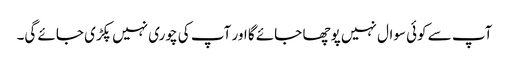
آپ سے کوئی سوال نہیں پوچھا جائے گا اور آپ کی چوری نہیں پکڑی جائے گی۔